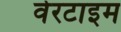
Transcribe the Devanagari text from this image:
वेरटाइम